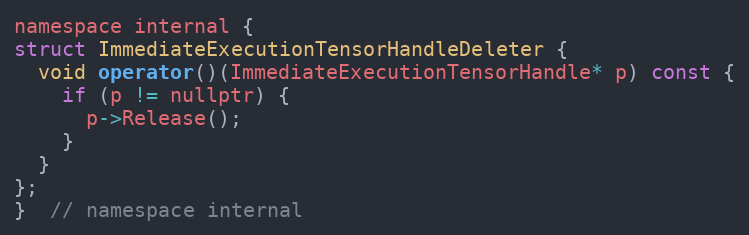
Language: C
namespace internal {
struct ImmediateExecutionTensorHandleDeleter {
  void operator()(ImmediateExecutionTensorHandle* p) const {
    if (p != nullptr) {
      p->Release();
    }
  }
};
}  // namespace internal